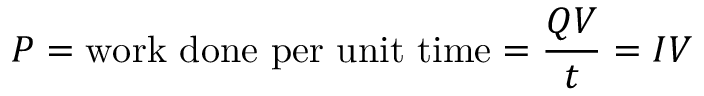
P = { \mathrm { w o r k ~ d o n e ~ p e r ~ u n i t ~ t i m e } } = { \frac { Q V } { t } } = I V